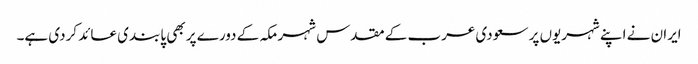
ایران نے اپنے شہریوں پر سعودی عرب کے مقدس شہر مکہ کے دورے پر بھی پابندی عائد کردی ہے۔